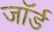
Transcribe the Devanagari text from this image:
जाॅर्ड